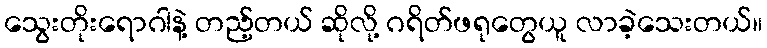
သွေးတိုးရောဂါနဲ့ တည့်တယ် ဆိုလို့ ဂရိတ်ဖရုတွေယူ လာခဲ့သေးတယ်။